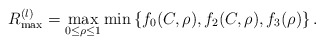
\begin{align*}R^{(l)}_{\max}=\max_{0\leq\rho\leq 1} \min\left\{f_0(C,\rho),f_2(C,\rho),f_3(\rho)\right\}.\end{align*}